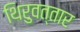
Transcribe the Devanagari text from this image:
थिरुवत्तार